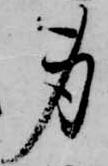
身